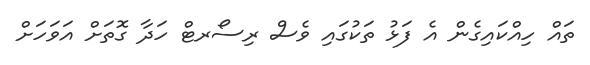
ތައް ހިއްކައިގެން އެ ފަޅު ތަކުގައި ވެސް ރިސޯރޓް ހަދާ ގޮތަށް އަވަހަށް